Civil Veterinary Department. Madras. Admin. report 1926-33 - 1926-1933
Year: 1926
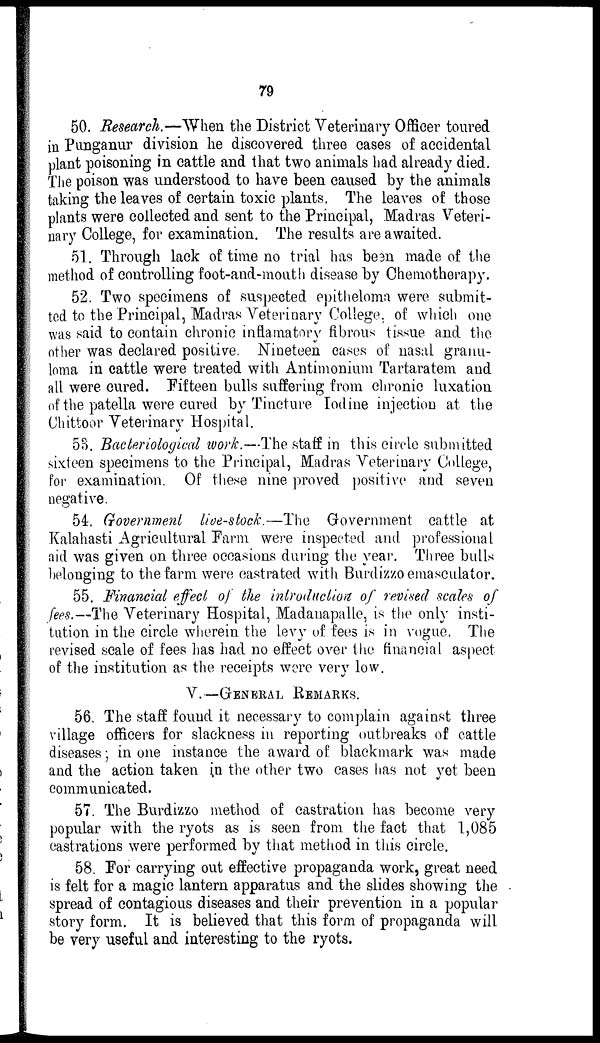
79
50. Research.—When the District Veterinary Officer toured
in Punganur division he discovered three cases of accidental
plant poisoning in cattle and that two animals had already died.
The poison was understood to have been caused by the animals
taking the leaves of certain toxic plants. The leaves of those
plants were collected and sent to the Principal, Madras Veteri-
nary College, for examination. The results are awaited.
51. Through lack of time no trial has been made of the
method of controlling foot-and-mouth disease by Chemotherapy.
52. Two specimens of suspected epitheloma were submit-
ted to the Principal, Madras Veterinary College, of which one
was said to contain chronic inflamatory fibrous tissue and the
other was declared positive. Nineteen cases of nasal granu-
loma in cattle were treated with Antimonium Tartaratem and
all were cured. Fifteen bulls suffering from chronic luxation
of the patella were cured by Tincture Iodine injection at the
Chittoor Veterinary Hospital.
53. Bacteriological work.—The staff in this circle submitted
sixteen specimens to the Principal, Madras Veterinary College,
for examination. Of these nine proved positive and seven
negative.
54. Government live-stock.—The Government cattle at
Kalahasti Agricultural Farm were inspected and professional
aid was given on three occasions during the year. Three bulls
belonging to the farm were castrated with Burdizzo emasculator.
55. Financial effect of the introduction of revised scales of
fees.—The Veterinary Hospital, Madanapalle, is the only insti-
tution in the circle wherein the lew of fees is in vogue. The
revised scale of fees has had no effect over the financial aspect
of the institution as the receipts were very low.
V.—GENERAL REMARKS.
56. The staff found it necessary to complain against three
village officers for slackness in reporting outbreaks of cattle
diseases; in one instance the award of blackmark was made
and the action taken in the other two cases has not yet been
communicated.
57. The Burdizzo method of castration has become very
popular with the ryots as is seen from the fact that 1,085
castrations were performed by that method in this circle.
58. For carrying out effective propaganda work, great need
is felt for a magic lantern apparatus and the slides showing the
spread of contagious diseases and their prevention in a popular
story form. It is believed that this form of propaganda will
be very useful and interesting to the ryots.